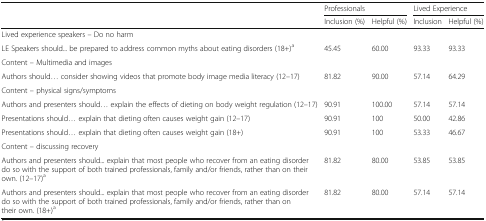
<table><thead><tr><td></td><td colspan="2"><b>Professionals</b></td><td colspan="2"><b>Lived Experience</b></td></tr><tr><td></td><td><b>Inclusion (%)</b></td><td><b>Helpful (%)</b></td><td><b>Inclusion</b></td><td><b>Helpful (%)</b></td></tr></thead><tbody><tr><td colspan="5">Lived experience speakers – Do no harm</td></tr><tr><td>LE Speakers should... be prepared to address common myths about eating disorders (18+)<sup>a</sup></td><td>45.45</td><td>60.00</td><td>93.33</td><td>93.33</td></tr><tr><td colspan="5">Content – Multimedia and images</td></tr><tr><td>Authors should... consider showing videos that promote body image media literacy (12–17)</td><td>81.82</td><td>90.00</td><td>57.14</td><td>64.29</td></tr><tr><td colspan="5">Content – physical signs/symptoms</td></tr><tr><td>Authors and presenters should... explain the effects of dieting on body weight regulation (12–17)</td><td>90.91</td><td>100.00</td><td>57.14</td><td>57.14</td></tr><tr><td>Presentations should... explain that dieting often causes weight gain (12–17)</td><td>90.91</td><td>100</td><td>50.00</td><td>42.86</td></tr><tr><td>Presentations should... explain that dieting often causes weight gain (18+)</td><td>90.91</td><td>100</td><td>53.33</td><td>46.67</td></tr><tr><td colspan="5">Content – discussing recovery</td></tr><tr><td>Authors and presenters should... explain that most people who recover from an eating disorder do so with the support of both trained professionals, family and/or friends, rather than on their own. (12–17)<sup>a</sup></td><td>81.82</td><td>80.00</td><td>53.85</td><td>53.85</td></tr><tr><td>Authors and presenters should... explain that most people who recover from an eating disorder do so with the support of both trained professionals, family and/or friends, rather than on their own. (18+)<sup>a</sup></td><td>81.82</td><td>80.00</td><td>57.14</td><td>57.14</td></tr></tbody></table>